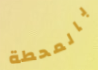
بالمحطة